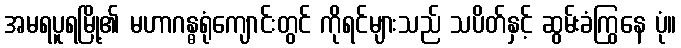
အမရပူရမြို့၏ မဟာဂန္ဓရုံကျောင်းတွင် ကိုရင်များသည် သပိတ်နှင့် ဆွမ်းခံကြွနေ ပုံ။